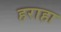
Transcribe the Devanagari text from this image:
हराहा